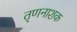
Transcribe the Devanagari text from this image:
तृणनाशक